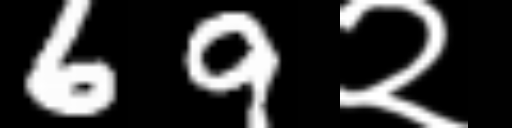
Text: 69२